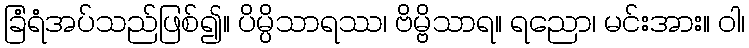
ခြံရံအပ်သည်ဖြစ်၍။ ပိမ္ပိသာရဿ၊ ဗိမ္ဗိသာရ။ ရညော၊ မင်းအား။ ဝါ၊